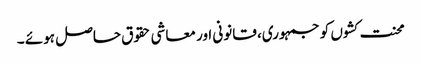
محنت کشوں کو جمہوری، قانونی اور معاشی حقوق حاصل ہوئے ۔